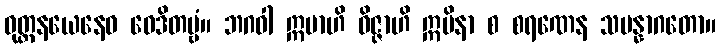
ဝုတ္တနယေနေဝ ဝေဒိတဗ္ဗံ။ ဘဂဝါ ဣမာဟိ ဝိဇ္ဇာဟိ ဣမိနာ စ စရဏေန သမန္နာဂတော။